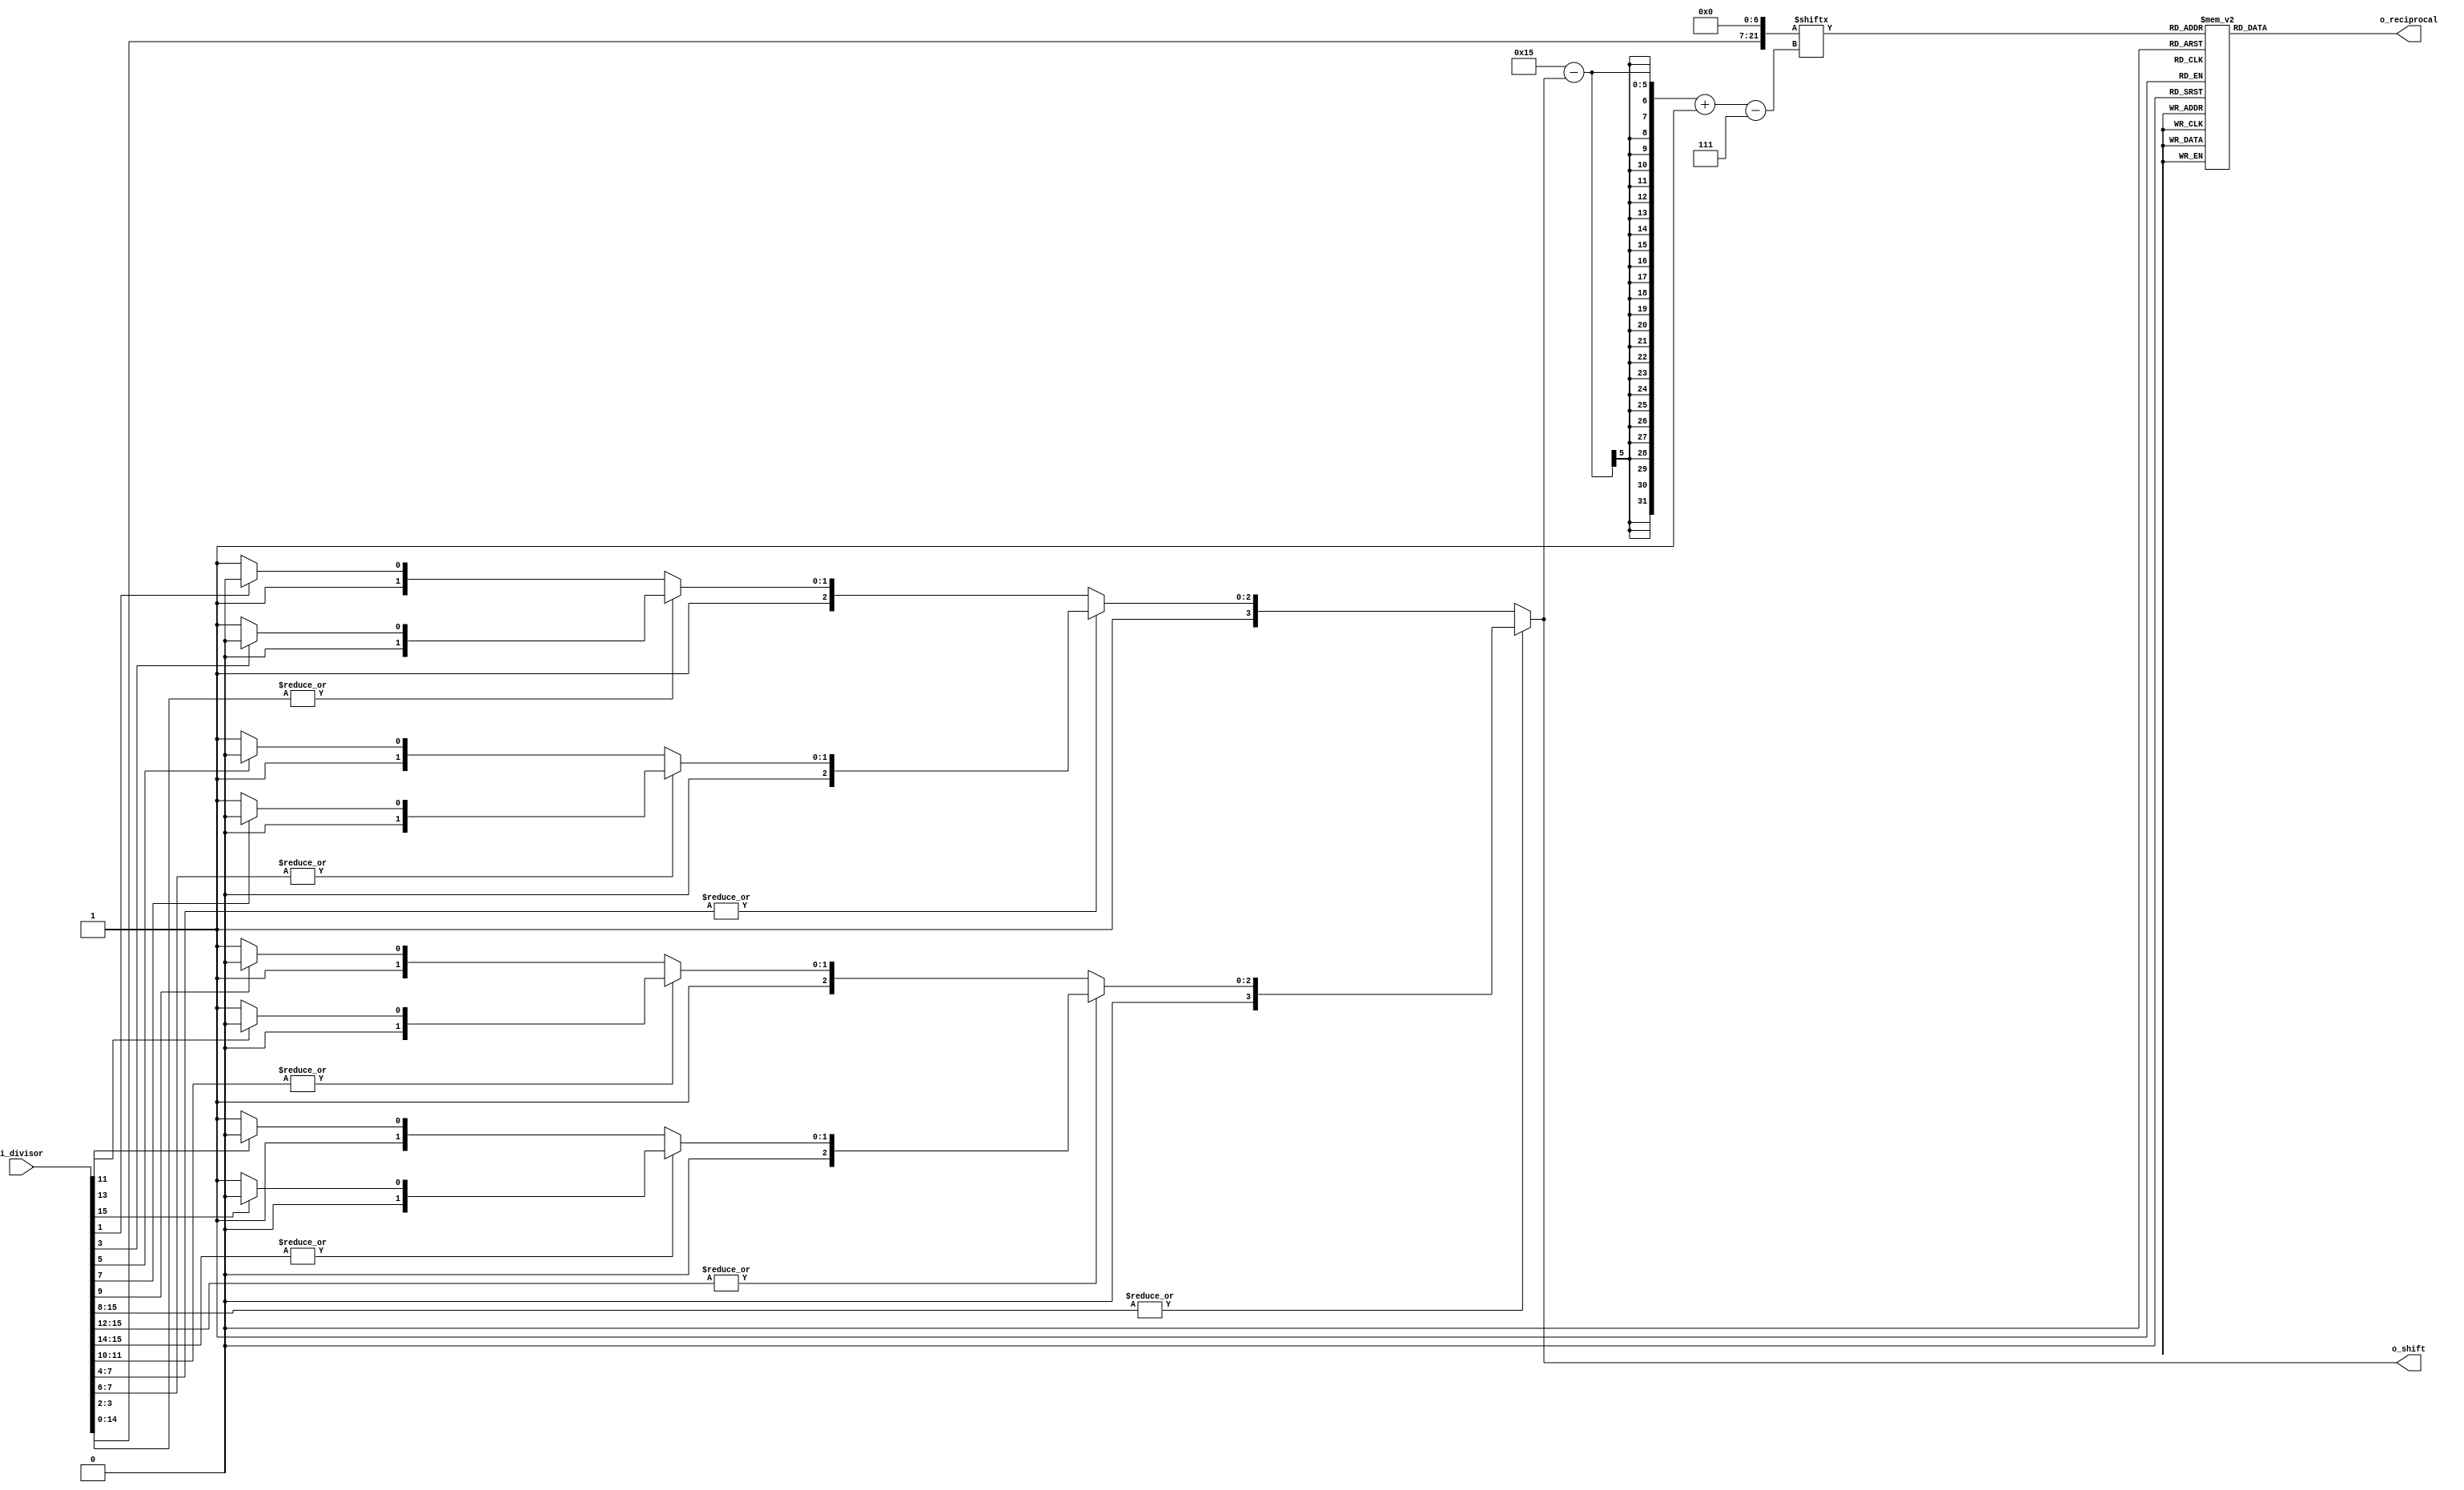
module Div_LUT (
    input  [15:0] i_divisor,
    output [15:0] o_reciprocal,
    output [ 3:0] o_shift
);
    reg  [15:0] reciprocal;
    reg  [ 3:0] shift;
    wire [21:0] temp0;
    
    assign o_reciprocal = reciprocal;
    assign o_shift      = shift;
    
    assign temp0 = {i_divisor[14:0], 7'b0000000};

    always @(*) begin
        shift = 4'd0;
        if (|i_divisor[15:8]) begin
            if (|i_divisor[15:12]) begin
                if (|i_divisor[15:14]) begin
                    if (i_divisor[15]) begin
                        shift = 4'd0;
                    end
                    else begin
                        shift = 4'd1;
                    end
                end
                else begin
                    if (i_divisor[13]) begin
                        shift = 4'd2;
                    end
                    else begin
                        shift = 4'd3;
                    end
                end
            end
            else begin
                if (|i_divisor[11:10]) begin
                    if (i_divisor[11]) begin
                        shift = 4'd4;
                    end
                    else begin
                        shift = 4'd5;
                    end
                end
                else begin
                    if (i_divisor[9]) begin
                        shift = 4'd6;
                    end
                    else begin
                        shift = 4'd7;
                    end
                end
            end
        end
        else begin
            if (|i_divisor[7:4]) begin
                if (|i_divisor[7:6]) begin
                    if (i_divisor[7]) begin
                        shift = 4'd8;
                    end
                    else begin
                        shift = 4'd9;
                    end
                end
                else begin
                    if (i_divisor[5]) begin
                        shift = 4'd10;
                    end
                    else begin
                        shift = 4'd11;
                    end
                end
            end
            else begin
                if (|i_divisor[3:2]) begin
                    if (i_divisor[3]) begin
                        shift = 4'd12;
                    end
                    else begin
                        shift = 4'd13;
                    end
                end
                else begin
                    if (i_divisor[1]) begin
                        shift = 4'd14;
                    end 
                    else begin
                        shift = 4'd15;
                    end
                end
            end
        end
    end

    always @(*) begin
        reciprocal = 16'b0000000000000000;
        case (temp0[21-shift -: 7])
            7'b0000000: begin
                reciprocal = 16'b0111111111111111;
            end
            7'b0000001: begin
                reciprocal = 16'b0111111100000010;
            end
            7'b0000010: begin
                reciprocal = 16'b0111111000001000;
            end
            7'b0000011: begin
                reciprocal = 16'b0111110100010010;
            end
            7'b0000100: begin
                reciprocal = 16'b0111110000011111;
            end
            7'b0000101: begin
                reciprocal = 16'b0111101100110000;
            end
            7'b0000110: begin
                reciprocal = 16'b0111101001000101;
            end
            7'b0000111: begin
                reciprocal = 16'b0111100101011101;
            end
            7'b0001000: begin
                reciprocal = 16'b0111100001111000;
            end
            7'b0001001: begin
                reciprocal = 16'b0111011110010111;
            end
            7'b0001010: begin
                reciprocal = 16'b0111011010111010;
            end
            7'b0001011: begin
                reciprocal = 16'b0111010111011111;
            end
            7'b0001100: begin
                reciprocal = 16'b0111010100000111;
            end
            7'b0001101: begin
                reciprocal = 16'b0111010000110011;
            end
            7'b0001110: begin
                reciprocal = 16'b0111001101100001;
            end
            7'b0001111: begin
                reciprocal = 16'b0111001010010011;
            end
            7'b0010000: begin
                reciprocal = 16'b0111000111000111;
            end
            7'b0010001: begin
                reciprocal = 16'b0111000011111110;
            end
            7'b0010010: begin
                reciprocal = 16'b0111000000111000;
            end
            7'b0010011: begin
                reciprocal = 16'b0110111101110101;
            end
            7'b0010100: begin
                reciprocal = 16'b0110111010110100;
            end
            7'b0010101: begin
                reciprocal = 16'b0110110111110110;
            end
            7'b0010110: begin
                reciprocal = 16'b0110110100111010;
            end
            7'b0010111: begin
                reciprocal = 16'b0110110010000001;
            end
            7'b0011000: begin
                reciprocal = 16'b0110101111001010;
            end
            7'b0011001: begin
                reciprocal = 16'b0110101100010110;
            end
            7'b0011010: begin
                reciprocal = 16'b0110101001100100;
            end
            7'b0011011: begin
                reciprocal = 16'b0110100110110100;
            end
            7'b0011100: begin
                reciprocal = 16'b0110100100000111;
            end
            7'b0011101: begin
                reciprocal = 16'b0110100001011011;
            end
            7'b0011110: begin
                reciprocal = 16'b0110011110110010;
            end
            7'b0011111: begin
                reciprocal = 16'b0110011100001011;
            end
            7'b0100000: begin
                reciprocal = 16'b0110011001100110;
            end
            7'b0100001: begin
                reciprocal = 16'b0110010111000100;
            end
            7'b0100010: begin
                reciprocal = 16'b0110010100100011;
            end
            7'b0100011: begin
                reciprocal = 16'b0110010010000100;
            end
            7'b0100100: begin
                reciprocal = 16'b0110001111100111;
            end
            7'b0100101: begin
                reciprocal = 16'b0110001101001100;
            end
            7'b0100110: begin
                reciprocal = 16'b0110001010110011;
            end
            7'b0100111: begin
                reciprocal = 16'b0110001000011100;
            end
            7'b0101000: begin
                reciprocal = 16'b0110000110000110;
            end
            7'b0101001: begin
                reciprocal = 16'b0110000011110010;
            end
            7'b0101010: begin
                reciprocal = 16'b0110000001100000;
            end
            7'b0101011: begin
                reciprocal = 16'b0101111111010000;
            end
            7'b0101100: begin
                reciprocal = 16'b0101111101000001;
            end
            7'b0101101: begin
                reciprocal = 16'b0101111010110101;
            end
            7'b0101110: begin
                reciprocal = 16'b0101111000101001;
            end
            7'b0101111: begin
                reciprocal = 16'b0101110110011111;
            end
            7'b0110000: begin
                reciprocal = 16'b0101110100010111;
            end
            7'b0110001: begin
                reciprocal = 16'b0101110010010001;
            end
            7'b0110010: begin
                reciprocal = 16'b0101110000001100;
            end
            7'b0110011: begin
                reciprocal = 16'b0101101110001000;
            end
            7'b0110100: begin
                reciprocal = 16'b0101101100000110;
            end
            7'b0110101: begin
                reciprocal = 16'b0101101010000101;
            end
            7'b0110110: begin
                reciprocal = 16'b0101101000000110;
            end
            7'b0110111: begin
                reciprocal = 16'b0101100110001000;
            end
            7'b0111000: begin
                reciprocal = 16'b0101100100001011;
            end
            7'b0111001: begin
                reciprocal = 16'b0101100010010000;
            end
            7'b0111010: begin
                reciprocal = 16'b0101100000010110;
            end
            7'b0111011: begin
                reciprocal = 16'b0101011110011101;
            end
            7'b0111100: begin
                reciprocal = 16'b0101011100100110;
            end
            7'b0111101: begin
                reciprocal = 16'b0101011010110000;
            end
            7'b0111110: begin
                reciprocal = 16'b0101011000111011;
            end
            7'b0111111: begin
                reciprocal = 16'b0101010111001000;
            end
            7'b1000000: begin
                reciprocal = 16'b0101010101010101;
            end
            7'b1000001: begin
                reciprocal = 16'b0101010011100100;
            end
            7'b1000010: begin
                reciprocal = 16'b0101010001110100;
            end
            7'b1000011: begin
                reciprocal = 16'b0101010000000101;
            end
            7'b1000100: begin
                reciprocal = 16'b0101001110011000;
            end
            7'b1000101: begin
                reciprocal = 16'b0101001100101011;
            end
            7'b1000110: begin
                reciprocal = 16'b0101001010111111;
            end
            7'b1000111: begin
                reciprocal = 16'b0101001001010101;
            end
            7'b1001000: begin
                reciprocal = 16'b0101000111101100;
            end
            7'b1001001: begin
                reciprocal = 16'b0101000110000011;
            end
            7'b1001010: begin
                reciprocal = 16'b0101000100011100;
            end
            7'b1001011: begin
                reciprocal = 16'b0101000010110110;
            end
            7'b1001100: begin
                reciprocal = 16'b0101000001010000;
            end
            7'b1001101: begin
                reciprocal = 16'b0100111111101100;
            end
            7'b1001110: begin
                reciprocal = 16'b0100111110001001;
            end
            7'b1001111: begin
                reciprocal = 16'b0100111100100110;
            end
            7'b1010000: begin
                reciprocal = 16'b0100111011000101;
            end
            7'b1010001: begin
                reciprocal = 16'b0100111001100100;
            end
            7'b1010010: begin
                reciprocal = 16'b0100111000000101;
            end
            7'b1010011: begin
                reciprocal = 16'b0100110110100110;
            end
            7'b1010100: begin
                reciprocal = 16'b0100110101001000;
            end
            7'b1010101: begin
                reciprocal = 16'b0100110011101100;
            end
            7'b1010110: begin
                reciprocal = 16'b0100110010010000;
            end
            7'b1010111: begin
                reciprocal = 16'b0100110000110100;
            end
            7'b1011000: begin
                reciprocal = 16'b0100101111011010;
            end
            7'b1011001: begin
                reciprocal = 16'b0100101110000001;
            end
            7'b1011010: begin
                reciprocal = 16'b0100101100101000;
            end
            7'b1011011: begin
                reciprocal = 16'b0100101011010000;
            end
            7'b1011100: begin
                reciprocal = 16'b0100101001111001;
            end
            7'b1011101: begin
                reciprocal = 16'b0100101000100011;
            end
            7'b1011110: begin
                reciprocal = 16'b0100100111001101;
            end
            7'b1011111: begin
                reciprocal = 16'b0100100101111001;
            end
            7'b1100000: begin
                reciprocal = 16'b0100100100100101;
            end
            7'b1100001: begin
                reciprocal = 16'b0100100011010001;
            end
            7'b1100010: begin
                reciprocal = 16'b0100100001111111;
            end
            7'b1100011: begin
                reciprocal = 16'b0100100000101101;
            end
            7'b1100100: begin
                reciprocal = 16'b0100011111011100;
            end
            7'b1100101: begin
                reciprocal = 16'b0100011110001100;
            end
            7'b1100110: begin
                reciprocal = 16'b0100011100111100;
            end
            7'b1100111: begin
                reciprocal = 16'b0100011011101101;
            end
            7'b1101000: begin
                reciprocal = 16'b0100011010011111;
            end
            7'b1101001: begin
                reciprocal = 16'b0100011001010001;
            end
            7'b1101010: begin
                reciprocal = 16'b0100011000000100;
            end
            7'b1101011: begin
                reciprocal = 16'b0100010110111000;
            end
            7'b1101100: begin
                reciprocal = 16'b0100010101101100;
            end
            7'b1101101: begin
                reciprocal = 16'b0100010100100001;
            end
            7'b1101110: begin
                reciprocal = 16'b0100010011010111;
            end
            7'b1101111: begin
                reciprocal = 16'b0100010010001101;
            end
            7'b1110000: begin
                reciprocal = 16'b0100010001000100;
            end
            7'b1110001: begin
                reciprocal = 16'b0100001111111100;
            end
            7'b1110010: begin
                reciprocal = 16'b0100001110110100;
            end
            7'b1110011: begin
                reciprocal = 16'b0100001101101101;
            end
            7'b1110100: begin
                reciprocal = 16'b0100001100100110;
            end
            7'b1110101: begin
                reciprocal = 16'b0100001011100000;
            end
            7'b1110110: begin
                reciprocal = 16'b0100001010011010;
            end
            7'b1110111: begin
                reciprocal = 16'b0100001001010101;
            end
            7'b1111000: begin
                reciprocal = 16'b0100001000010001;
            end
            7'b1111001: begin
                reciprocal = 16'b0100000111001101;
            end
            7'b1111010: begin
                reciprocal = 16'b0100000110001001;
            end
            7'b1111011: begin
                reciprocal = 16'b0100000101000110;
            end
            7'b1111100: begin
                reciprocal = 16'b0100000100000100;
            end
            7'b1111101: begin
                reciprocal = 16'b0100000011000010;
            end
            7'b1111110: begin
                reciprocal = 16'b0100000010000001;
            end
            7'b1111111: begin
                reciprocal = 16'b0100000001000000;
            end
        endcase
    end
endmodule